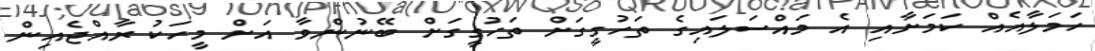
ހަމަލާއެއް ކަމަށާއި އެ މައްސަލައިގެ ތަހުގީގަށް ތަހުގީގަށް ބޭނުންވާ އަށް މީހަކު ރާއްޖެއިން